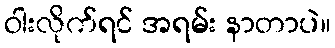
ဝါးလိုက်ရင် အရမ်း နာတာပဲ။